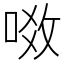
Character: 𠶂